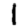
Digit: 1